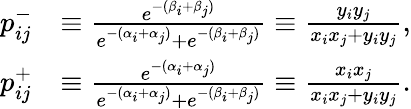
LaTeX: \begin{array}{rl}{p_{ij}^{-}}&{\equiv\frac{e^{-(\beta_{i}+\beta_{j})}}{e^{-(\alpha_{i}+\alpha_{j})}+e^{-(\beta_{i}+\beta_{j})}}\equiv\frac{y_{i}y_{j}}{x_{i}x_{j}+y_{i}y_{j}},}\\ {p_{ij}^{+}}&{\equiv\frac{e^{-(\alpha_{i}+\alpha_{j})}}{e^{-(\alpha_{i}+\alpha_{j})}+e^{-(\beta_{i}+\beta_{j})}}\equiv\frac{x_{i}x_{j}}{x_{i}x_{j}+y_{i}y_{j}}.}\end{array}